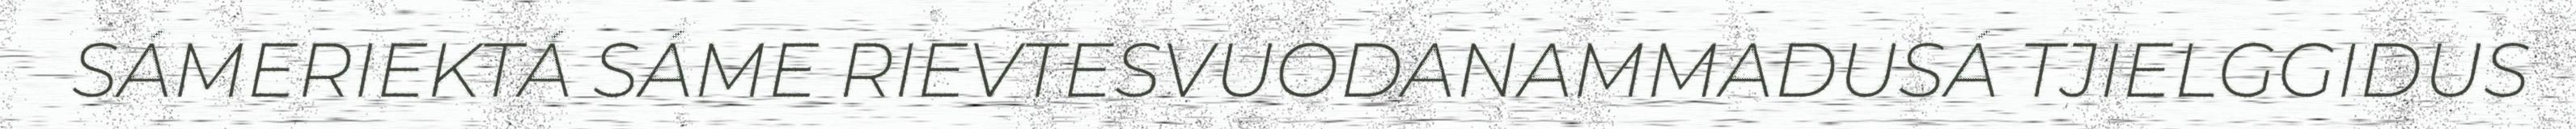
SÁMERIEKTÁ SÁME RIEVTESVUODANAMMADUSÁ TJIELGGIDUS